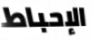
الإحباط